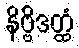
နိဗ္ဗိဒတ္ထံ